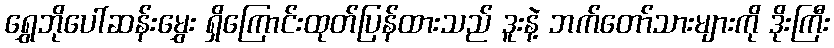
ရွှေဘိုပေါ်ဆန်းမွှေး ရှိကြောင်းထုတ်ပြန်ထားသည် ဒူးနဲ့ ဘက်တော်သားများကို ဒိုးကြီး